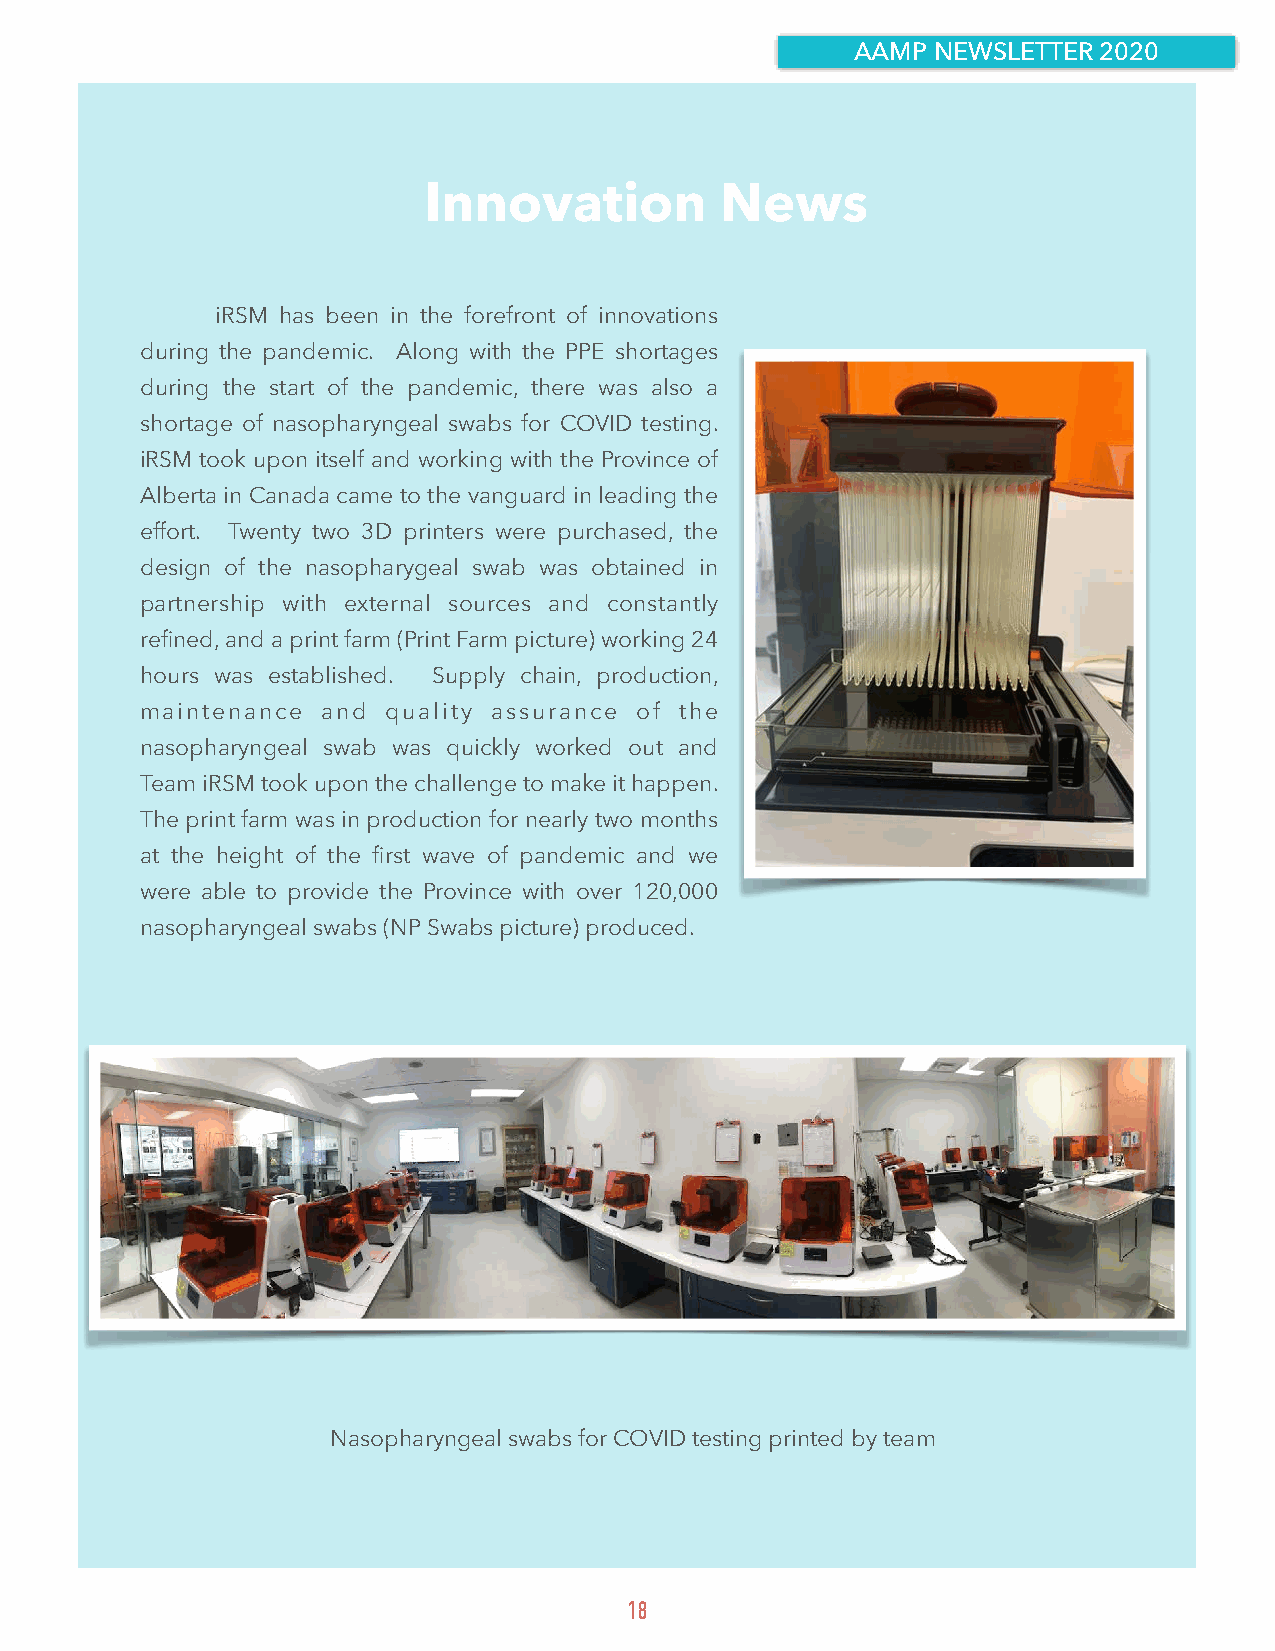
AAMP NEWSLETTER 2020
 Innovation          News
 iRSM has been in the forefront of innovations
 during the pandemic. Along with the PPE shortages
 during the start of the pandemic, there was also a
 shortage of nasopharyngeal swabs for COVID testing.
 iRSM took upon itself and working with the Province of
 Alberta in Canada came to the vanguard in leading the
 effort. Twenty two 3D printers were purchased, the
 design of the nasopharygeal swab was obtained in
 partnership with external sources and constantly
 refined, and a print farm (Print Farm picture) working 24
 hours was established. Supply chain, production,
 maintenance and  quality assurance of the
 nasopharyngeal swab was quickly worked out and
 Team iRSM took upon the challenge to make it happen.
 The print farm was in production for nearly two months
 at the height of the first wave of pandemic and we
 were able to provide the Province with over 120,000
 nasopharyngeal swabs (NP Swabs picture) produced.
 Nasopharyngeal swabs for COVID testing printed by team
 18